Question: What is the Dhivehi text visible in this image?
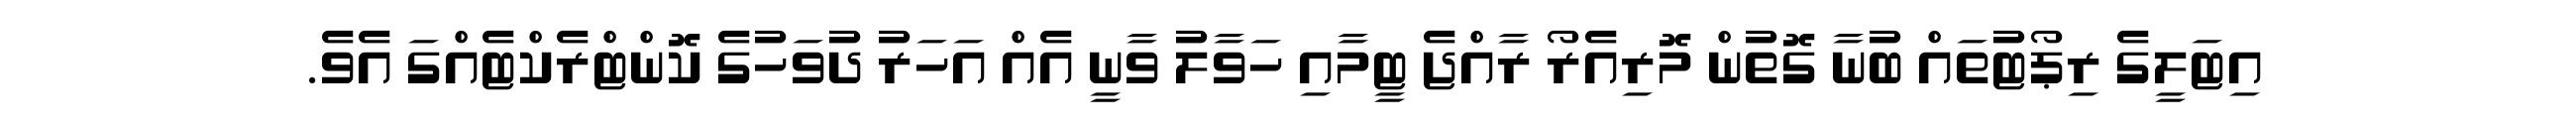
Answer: އިޓަލީގެ ރިޕޯޓުތައް ބުނާ ގޮތުން މޮރިއެރޯ ރާއްޖެ ޓީމާއި ހަވާލު ވާނީ އެއް އަހަރު ދުވަހުގެ ކޮންޓްރެކްޓެއްގަ އެވެ.